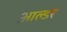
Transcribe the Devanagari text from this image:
आल्डर